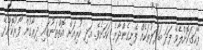
ފާހަގަކޮށްލެވޭ ފަދަ ބަދަލުތަކެއް ފެނިގެންދާނެ ކަމަށެވެ. އަދި ކުރިއަށް އޮތްތަނުގައި ދިރާގުން ފޯރުކޮށްދޭ